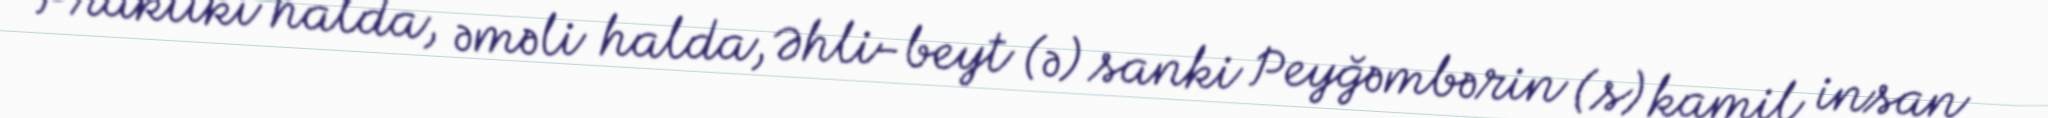
Praktiki halda, əməli halda, Əhli-beyt (ə) sanki Peyğəmbərin (s) kamil insan